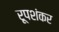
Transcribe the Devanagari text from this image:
रूपशंकर